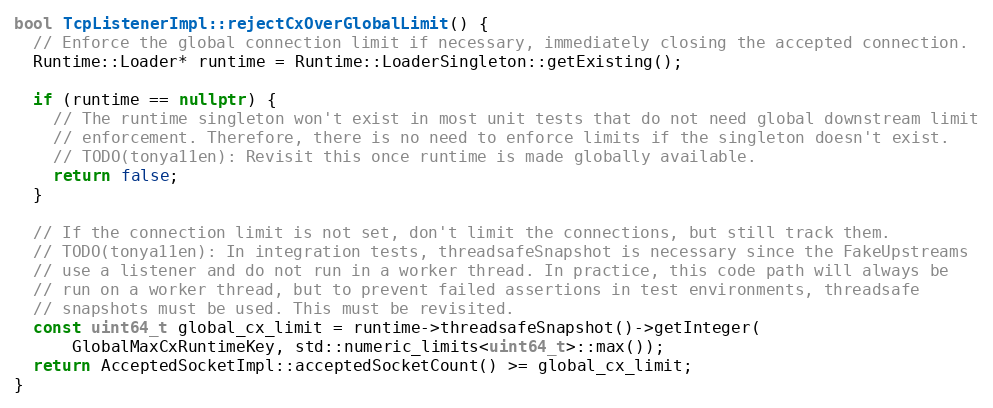
Language: C++
bool TcpListenerImpl::rejectCxOverGlobalLimit() {
  // Enforce the global connection limit if necessary, immediately closing the accepted connection.
  Runtime::Loader* runtime = Runtime::LoaderSingleton::getExisting();

  if (runtime == nullptr) {
    // The runtime singleton won't exist in most unit tests that do not need global downstream limit
    // enforcement. Therefore, there is no need to enforce limits if the singleton doesn't exist.
    // TODO(tonya11en): Revisit this once runtime is made globally available.
    return false;
  }

  // If the connection limit is not set, don't limit the connections, but still track them.
  // TODO(tonya11en): In integration tests, threadsafeSnapshot is necessary since the FakeUpstreams
  // use a listener and do not run in a worker thread. In practice, this code path will always be
  // run on a worker thread, but to prevent failed assertions in test environments, threadsafe
  // snapshots must be used. This must be revisited.
  const uint64_t global_cx_limit = runtime->threadsafeSnapshot()->getInteger(
      GlobalMaxCxRuntimeKey, std::numeric_limits<uint64_t>::max());
  return AcceptedSocketImpl::acceptedSocketCount() >= global_cx_limit;
}